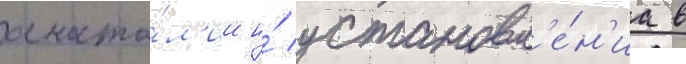
анато́л'ии и́ установл'е́н'иа в